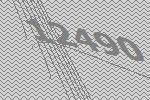
12490